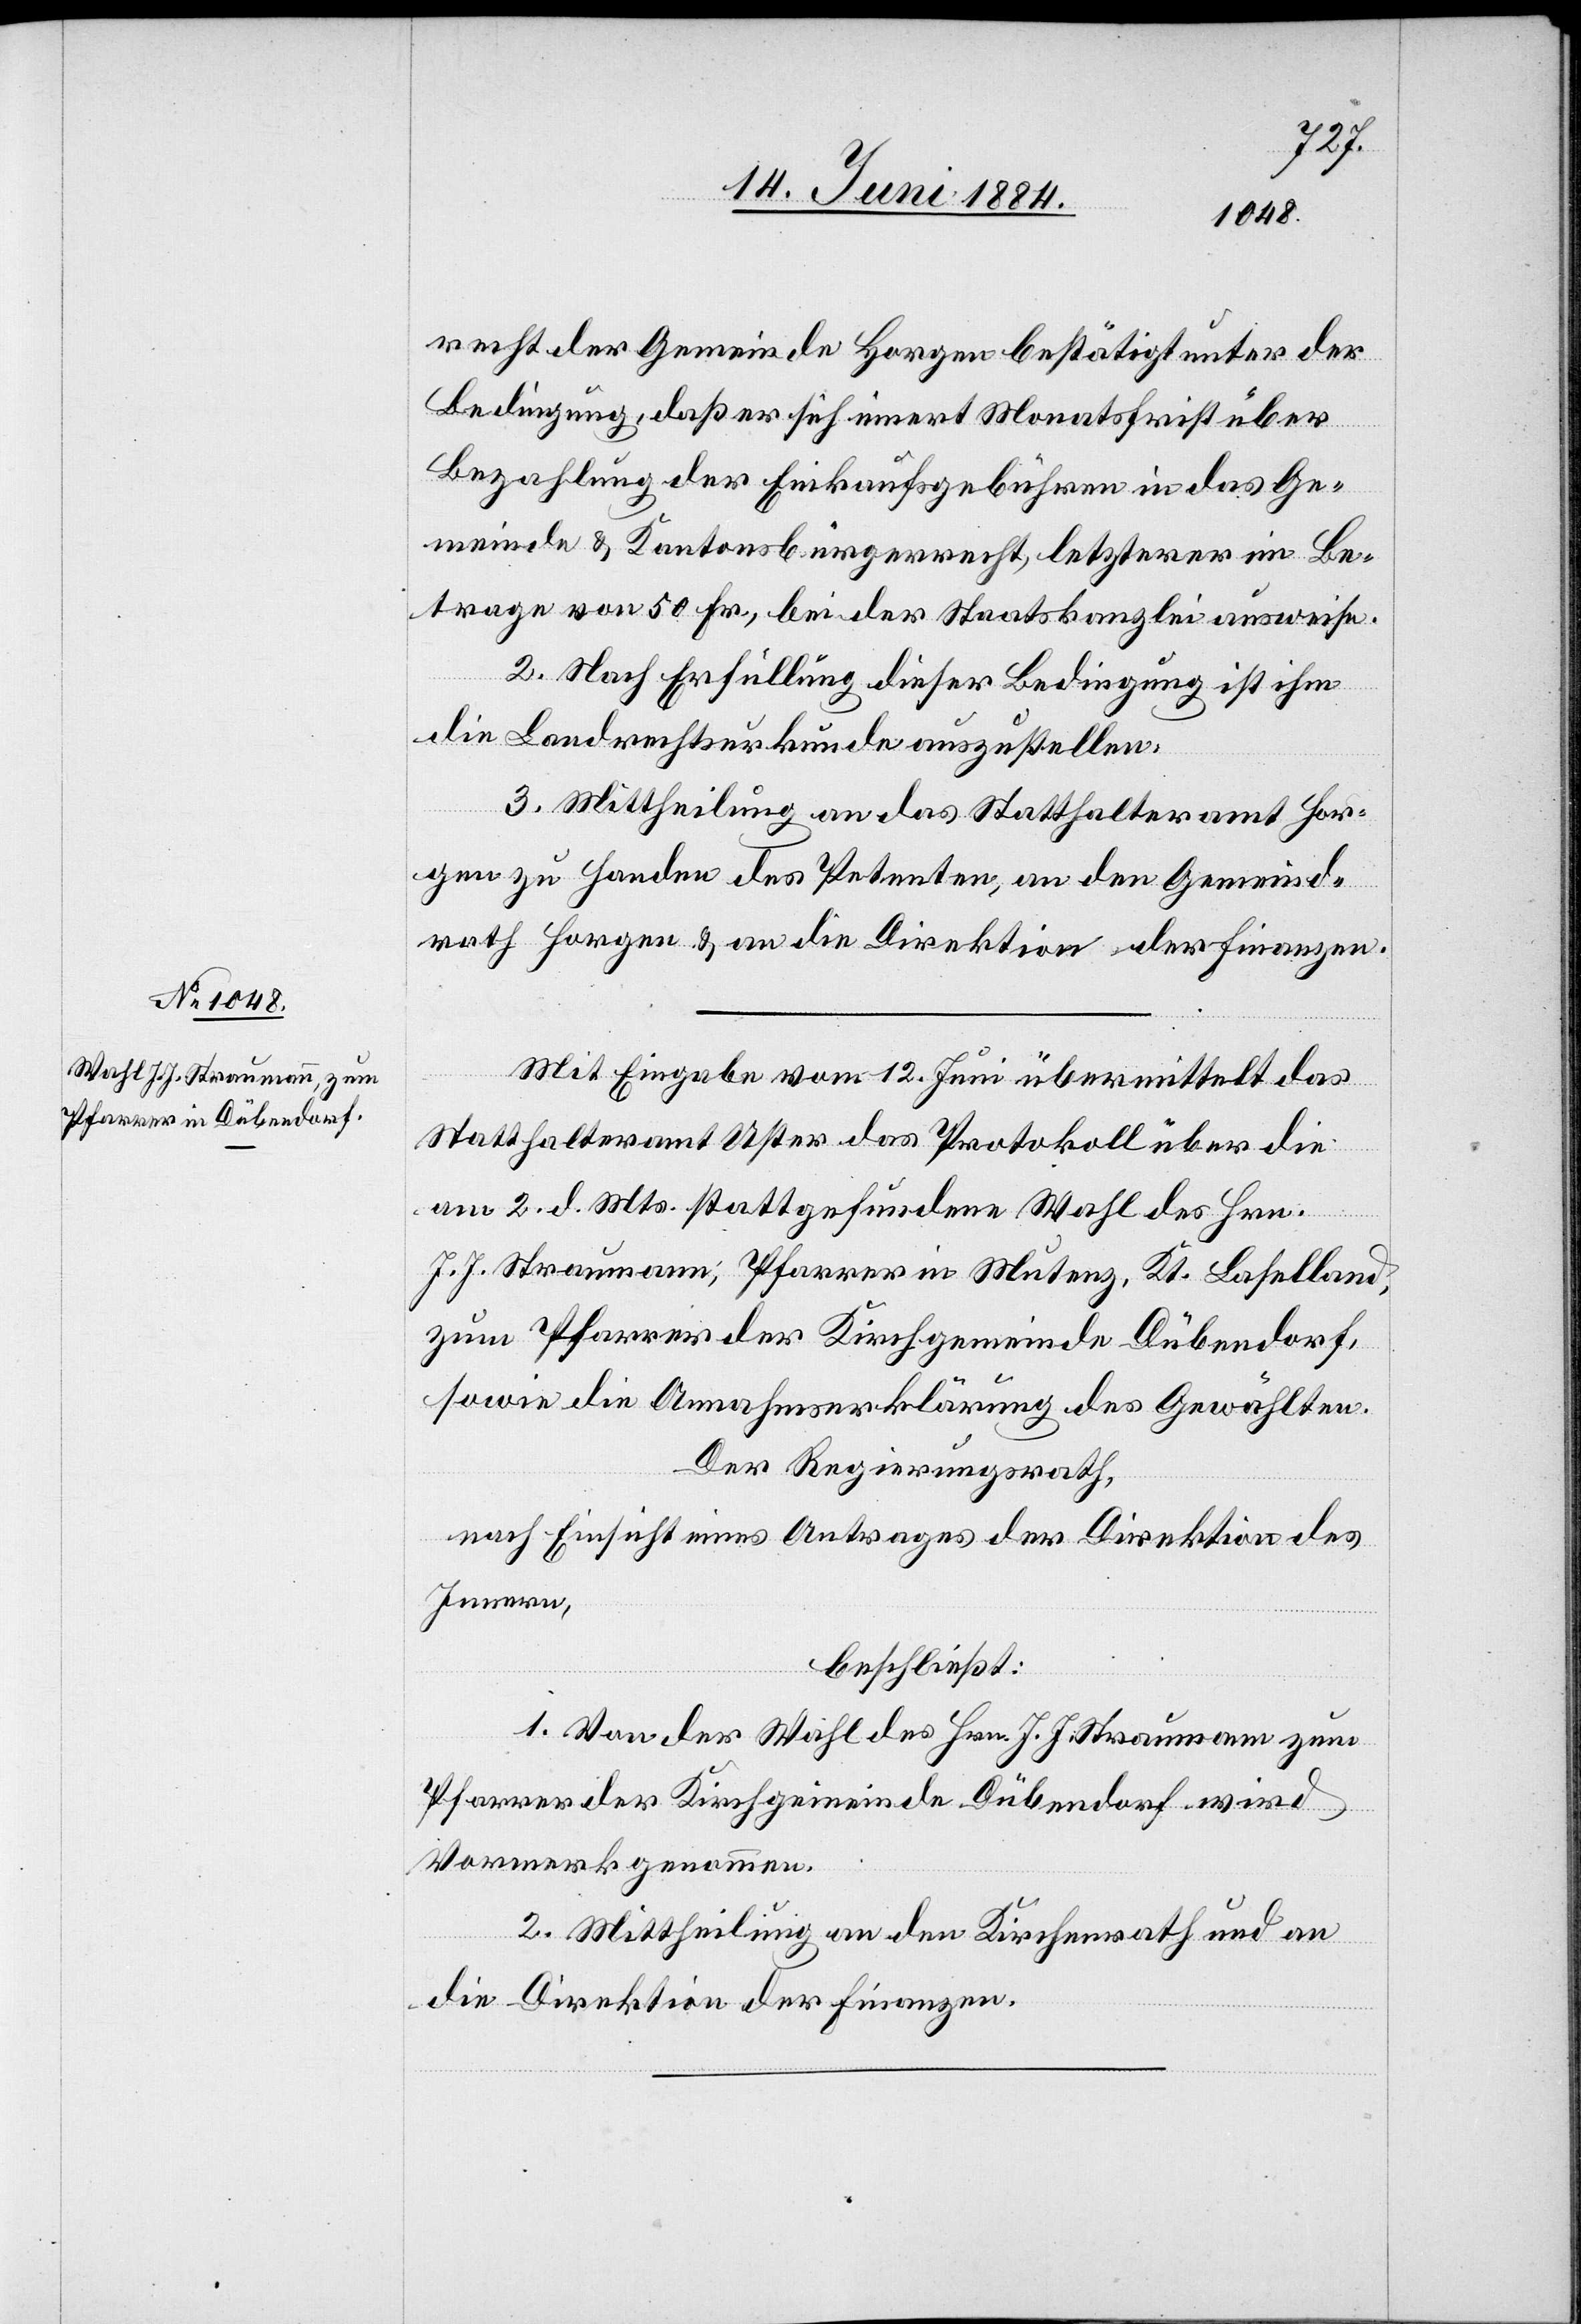
recht der Gemeinde Horgen bestätigt unter der
Bedingung, daß er sich innert Monatsfrist über
Bezahlung der Einkaufsgebühren in das Ge¬
meinde[-] & Kantonsbürgerrecht, letzterer im Be¬
trage von 50 Fr., bei der Staatskanzlei ausweise.
2. Nach Erfüllung dieser Bedingung ist ihm
die Landrechtsurkunde auszustellen.
3. Mittheilung an das Statthalteramt Hor¬
gen zu Handen des Petenten, an den Gemeind¬
rath Horgen & an die Direktion der Finanzen.
Mit Eingabe vom 12. Juni übermittelt das
Statthalteramt Uster das Protokoll über die
am 2. d. Mts. stattgefundene Wahl des Hrn.
J. J. Straumann, Pfarrer in Mutenz, Kt. Baselland,
zum Pfarrer der Kirchgemeinde Dübendorf,
sowie die Annahmeerklärung des Gewählten.
Der Regierungsrath,
nach Einsicht eines Antrages der Direktion des
Innern,
beschließt:
1. Von der Wahl des Hrn. J. J. Straumann zum
Pfarrer der Kirchgemeinde Dübendorf wird
Vormerk genommen.
2. Mittheilung an den Kirchenrath und an
die Direktion der Finanzen.